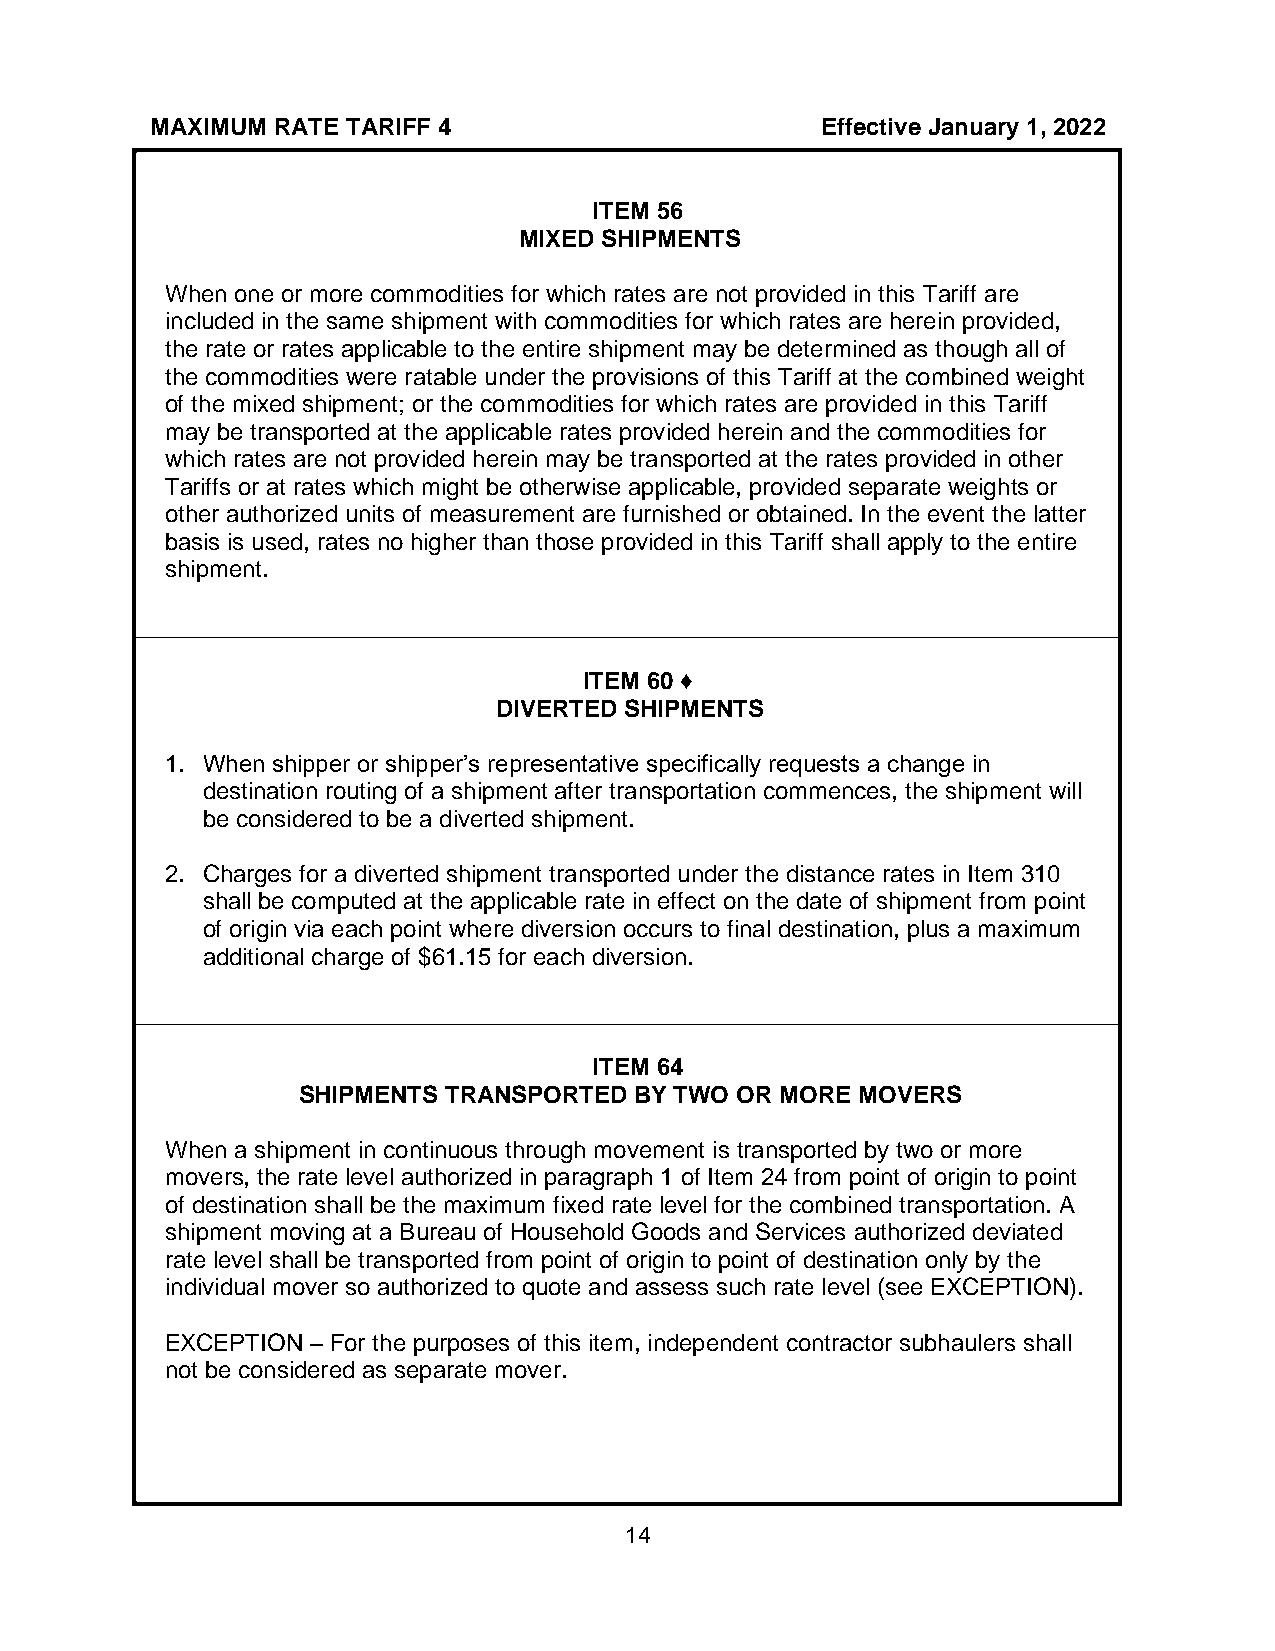
MAXIMUM RATE TARIFF 4                       Effective January 1, 2022
 ITEM 56
 MIXED SHIPMENTS
 When one or more commodities for which rates are not provided in this Tariff are
 included in the same shipment with commodities for which rates are herein provided,
 the rate or rates applicable to the entire shipment may be determined as though all of
 the commodities were ratable under the provisions of this Tariff at the combined weight
 of the mixed shipment; or the commodities for which rates are provided in this Tariff
 may be transported at the applicable rates provided herein and the commodities for
 which rates are not provided herein may be transported at the rates provided in other
 Tariffs or at rates which might be otherwise applicable, provided separate weights or
 other authorized units of measurement are furnished or obtained. In the event the latter
 basis is used, rates no higher than those provided in this Tariff shall apply to the entire
 shipment.
 ITEM 60 ♦
 DIVERTED SHIPMENTS
 1. When shipper or shipper’s representative specifically requests a change in
 destination routing of a shipment after transportation commences, the shipment will
 be considered to be a diverted shipment.
 2. Charges for a diverted shipment transported under the distance rates in Item 310
 shall be computed at the applicable rate in effect on the date of shipment from point
 of origin via each point where diversion occurs to final destination, plus a maximum
 additional charge of $61.15 for each diversion.
 ITEM 64
 SHIPMENTS TRANSPORTED BY TWO OR MORE MOVERS
 When a shipment in continuous through movement is transported by two or more
 movers, the rate level authorized in paragraph 1 of Item 24 from point of origin to point
 of destination shall be the maximum fixed rate level for the combined transportation. A
 shipment moving at a Bureau of Household Goods and Services authorized deviated
 rate level shall be transported from point of origin to point of destination only by the
 individual mover so authorized to quote and assess such rate level (see EXCEPTION).
 EXCEPTION – For the purposes of this item, independent contractor subhaulers shall
 not be considered as separate mover.
 14